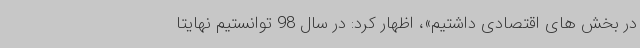
در بخش های اقتصادی داشتیم»، اظهار کرد: در سال 98 توانستیم نهایتاً